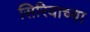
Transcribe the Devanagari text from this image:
सिरियाच्या